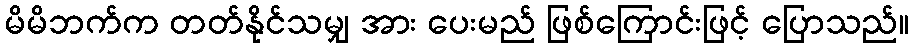
မိမိဘက်က တတ်နိုင်သမျှ အား ပေးမည် ဖြစ်ကြောင်းဖြင့် ပြောသည်။